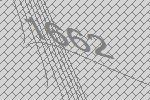
1662